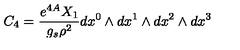
C _ { 4 } = { \frac { e ^ { 4 A } X _ { 1 } } { g _ { s } \rho ^ { 2 } } } d x ^ { 0 } \wedge d x ^ { 1 } \wedge d x ^ { 2 } \wedge d x ^ { 3 }